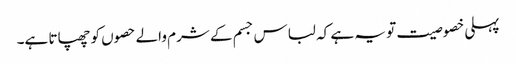
پہلی خصوصیت تو یہ ہے کہ لباس جسم کے شرم والے حصوں کو چھپاتا ہے۔